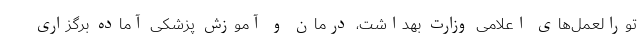
تورالعمل‌های اعلامی وزارت بهداشت، درمان و آموزش پزشکی آماده برگزاری